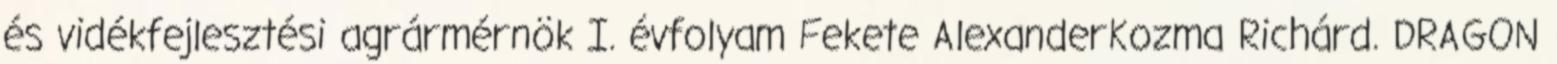
és vidékfejlesztési agrármérnök I. évfolyam Fekete AlexanderKozma Richárd. DRAGON